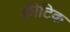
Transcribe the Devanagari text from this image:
क्रीटिक